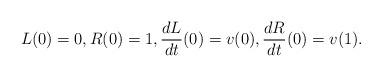
LaTeX: \begin{align*}L(0)=0,R(0)=1,\frac{dL}{dt}(0)=v(0),\frac{dR}{dt}(0)=v(1).\end{align*}